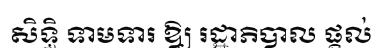
សិទ្ធិ ទាមទារ ឱ្យ រដ្ឋាភិបាល ផ្តល់